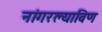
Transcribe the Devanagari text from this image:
नांगरल्याविण